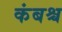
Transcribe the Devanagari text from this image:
कंबश्च